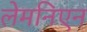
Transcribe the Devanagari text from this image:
लेमनिएन